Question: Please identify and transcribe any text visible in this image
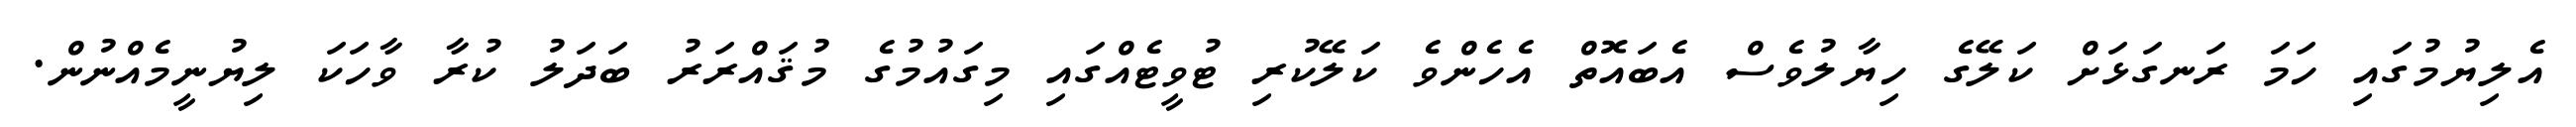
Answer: އެލިޔުމުގައި ހަމަ ރަނގަޅަށް ކަލޭގެ ހިޔާލުވެސް އެބައޮތް އެހެންވެ ކަލޭކުރި ޓުވީޓެއްގައި މިގައުމުގެ މުޤައްރަރު ބަދަލު ކުރާ ވާހަކަ ލިޔުނީމެއްނުން.